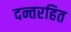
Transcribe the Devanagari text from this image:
दन्तरहित